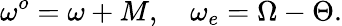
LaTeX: \omega^{o}=\omega+M,\quad\omega_{e}=\Omega-\Theta.